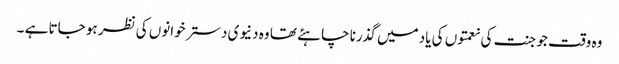
وہ وقت جو جنت کی نعمتوں کی یاد میں گذرنا چاہئے تھا وہ دنیوی دسترخوانوں کی نظر ہو جاتا ہے ۔